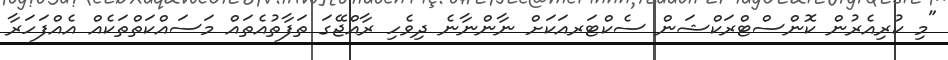
"މި ކުރިއެރުން ކޮންސްޓްރަކްޝަން ސެކްޓަރއަކަށް ނާންނާނެ ދިވެހި ރާއްޖޭގަ ތަފާތުއެތައް މަސައްކަތްތަކެއް އެއްފަހަރާ